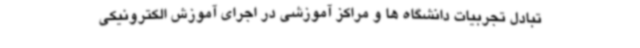
تبادل تجربیات دانشگاه ها و مراکز آموزشی در اجرای آموزش الکترونیکی